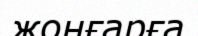
жоңғарға